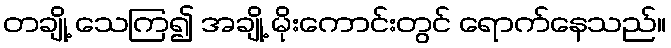
တချို့ သေကြ၍ အချို့ မိုးကောင်းတွင် ရောက်နေသည်။